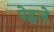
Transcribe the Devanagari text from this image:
पेह्लले